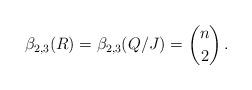
LaTeX: \begin{align*}\beta_{2,3}(R)=\beta_{2,3}(Q/J) = \binom n2\,.\end{align*}